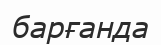
барғанда